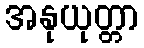
အနုယုတ္တာ